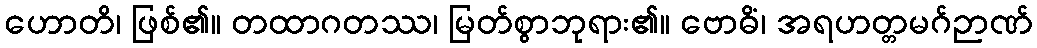
ဟောတိ၊ ဖြစ်၏။ တထာဂတဿ၊ မြတ်စွာဘုရား၏။ ဗောဓိံ၊ အရဟတ္တမဂ်ဉာဏ်